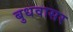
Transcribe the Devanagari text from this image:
बुधवासर